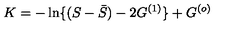
K = - \ln \{ ( S - { \bar { S } } ) - 2 G ^ { ( 1 ) } \} + G ^ { ( o ) }